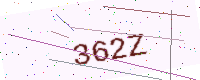
Text: 362Z